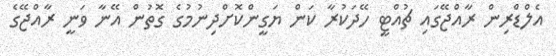
އެލްޑްރިން ރާއްޖޭގައި ޗުއްޓީ ހޭދަކުރާ ކަން ޔަގީންކޮށްދިނުމުގެ ގޮތުން އޭނާ ވަނީ ރާއްޖޭގެ